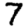
Digit: 7